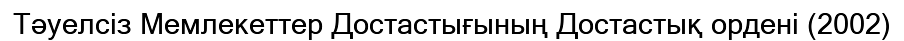
Тәуелсіз Мемлекеттер Достастығының Достастық ордені (2002)